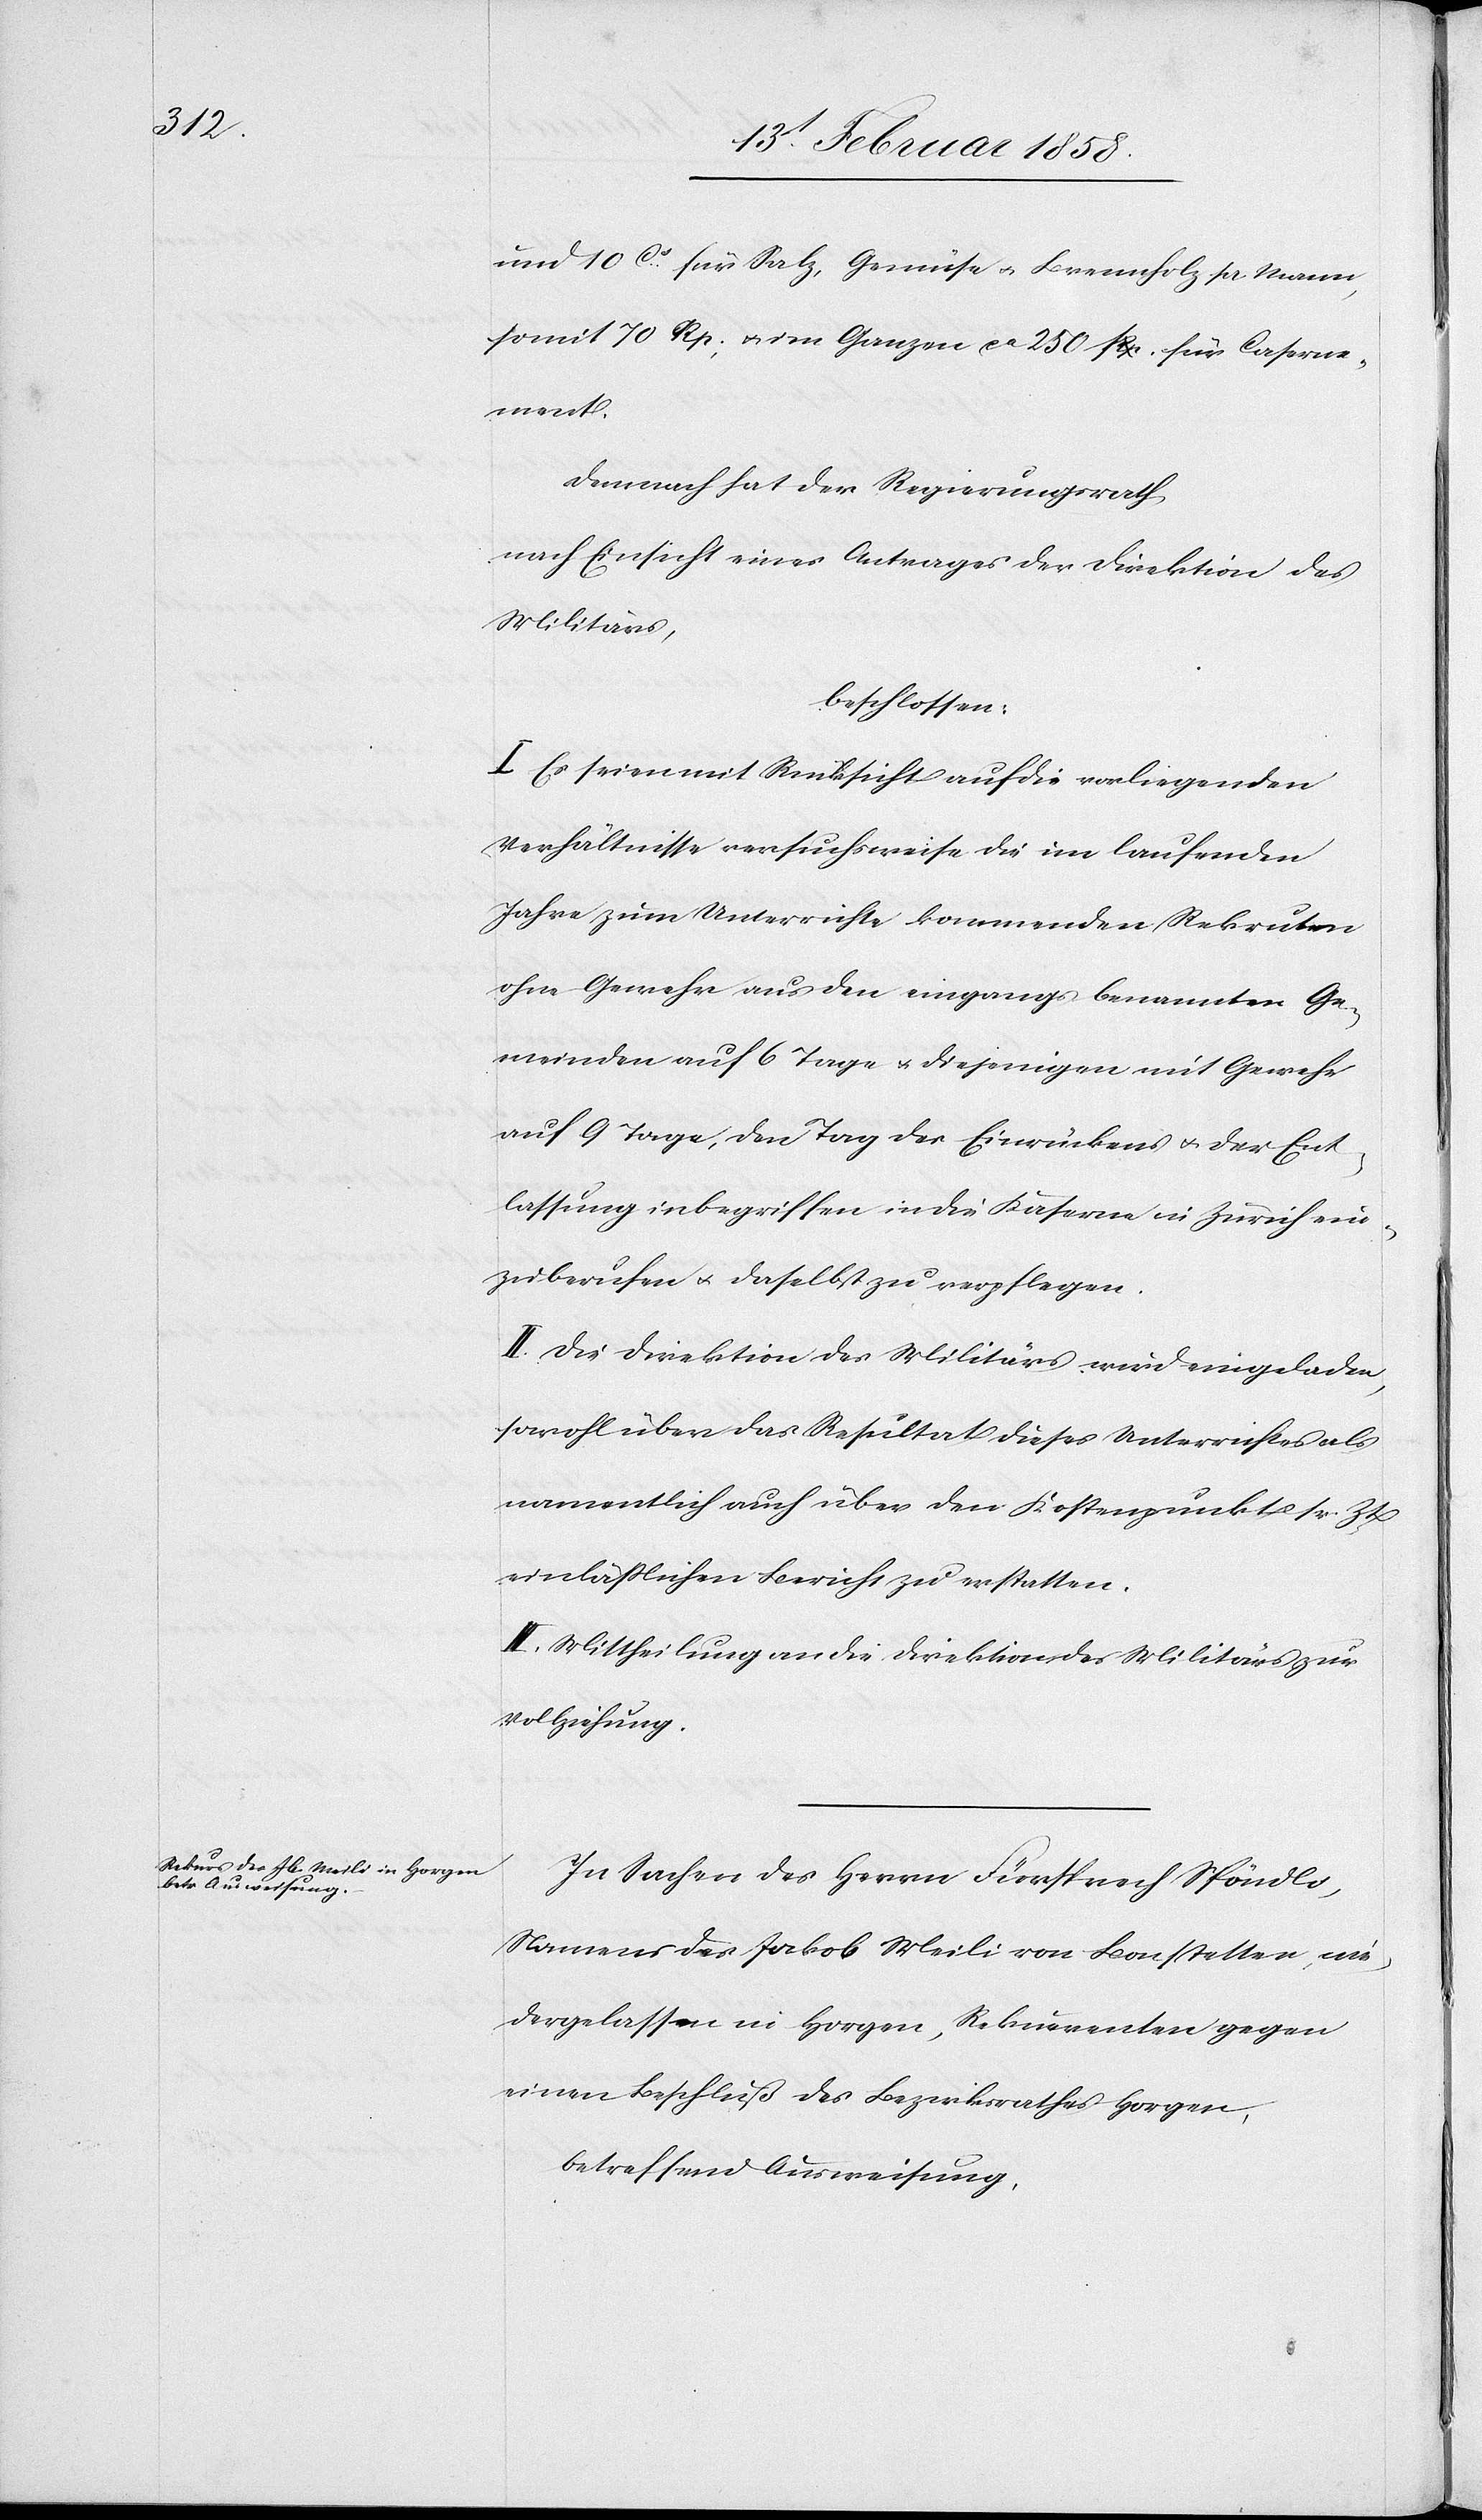
und 10 c für Salz, Gemüse u. Brennholz pr. Mann,
somit 70 Rp., u. im Ganzen ca 250 Rp. für Caserne¬
ment.
Demnach hat der Regierungsrath
nach Einsicht eines Antrages der Direktion des
Militärs,
beschlossen:
I. Es seien mit Rücksicht auf die vorliegenden
Verhältnisse versuchsweise die im laufenden
Jahre zum Unterrichte kommenden Rekruten
ohne Gewehr aus den eingangs benannten Ge¬
meinden auf 6 Tage u. diejenigen mit Gewehr
auf 9 Tage, den Tag des Einrückens u. der Ent¬
lassung inbegriffen in die Kaserne in Zürich ein¬
zuberufen u. daselbst zu verpflegen.
II. Die Direktion des Militärs wird eingeladen,
sowohl über das Resultat dieses Unterrichtes als
namentlich auch über den Kostenpunkt sr. Zt
einläßlichen Bericht zu erstatten.
III. Mittheilung an die Direktion des Militärs zur
Vollziehung.
In Sachen des Herrn Fürsprech Spöndli,
Namens des Jakob Meili von Bonstetten, nie¬
dergelassen in Horgen, Rekurrenten gegen
einen Beschluß des Bezirksrathes Horgen,
betreffend Ausweisung,